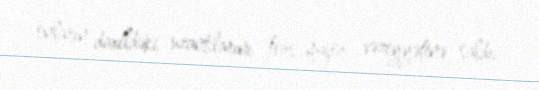
onların daxildəki uzantılarını fors-major vəziyyətinə saldı.